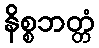
နိစ္စဘတ္တံ